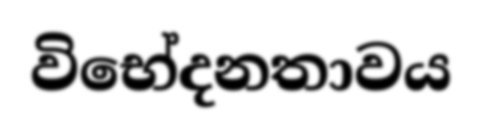
විභේදනතාවය